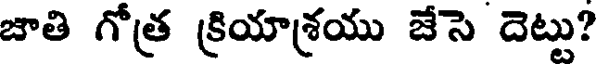
జాతి గోత్ర క్రియాశ్రయు జేసె దెట్టు?